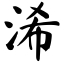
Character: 浠